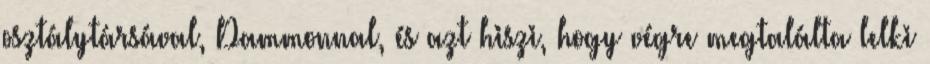
osztálytársával, Dammonnal, és azt hiszi, hogy végre megtalálta lelki